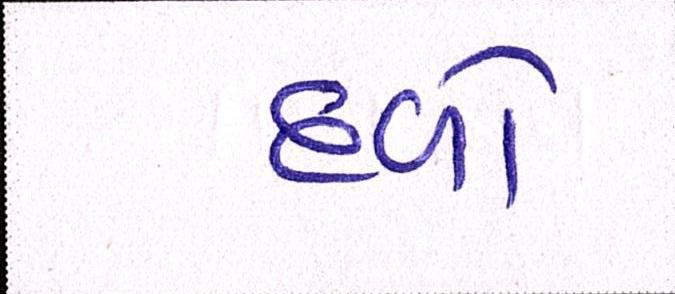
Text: દળો